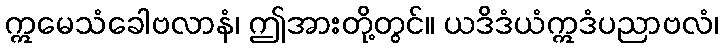
ဣမေသံခေါဗလာနံ၊ ဤအားတို့တွင်။ ယဒိဒံယံဣဒံပညာဗလံ၊